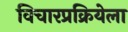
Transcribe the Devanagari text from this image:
विचारप्रक्रियेला